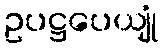
ဥပဋ္ဌပေယျုံ